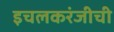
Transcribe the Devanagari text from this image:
इचलकरंजीची